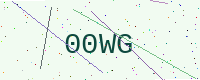
Text: 00WG